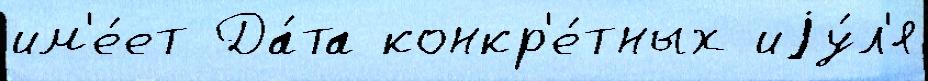
им'е́ет Да́та конкр'е́тных иjу́л'я